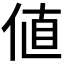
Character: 値